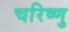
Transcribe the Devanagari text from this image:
चरिष्णु